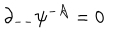
\partial _ { -- } \psi ^ { - { \cal A } } = 0